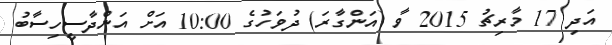
އަދި 17 މާރިޗު 2015 ވާ (އަންގާރަ) ދުވަހުގެ 10:00 އަށް އަންދާސީހިސާބު